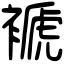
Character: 褫